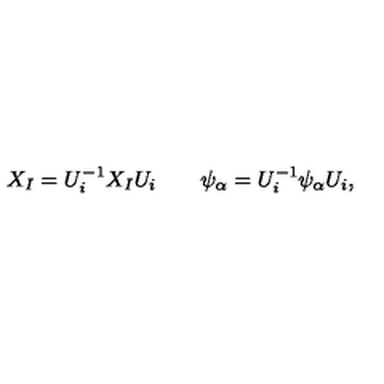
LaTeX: X _ { I } = U _ { i } ^ { - 1 } X _ { I } U _ { i } \qquad \psi _ { \alpha } = U _ { i } ^ { - 1 } \psi _ { \alpha } U _ { i } ,